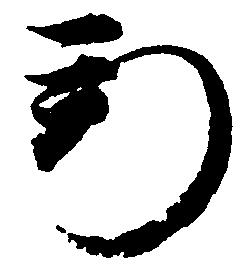
新